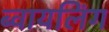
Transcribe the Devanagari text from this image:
ब्वायलिंग